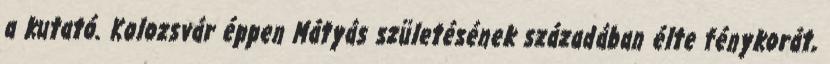
a kutató. Kolozsvár éppen Mátyás születésének századában élte fénykorát,